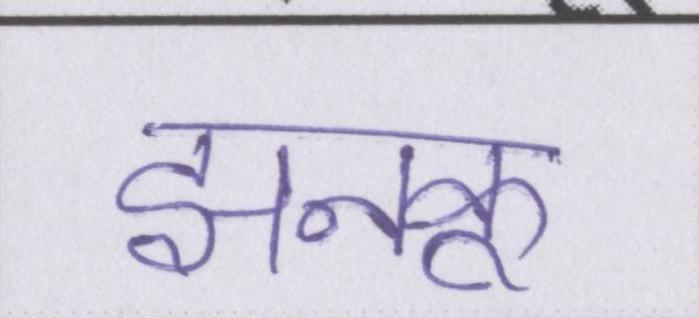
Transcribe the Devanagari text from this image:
झनकू